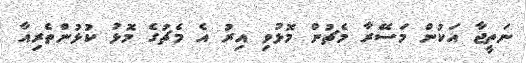
ނަތީޖާ އަކުން މަސޭރާ މެޗުން މޮޅުވި އިރު އެ މެޗުގެ މޮޅު ކުޅުންތެރިއާ